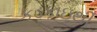
કડકાઇથી